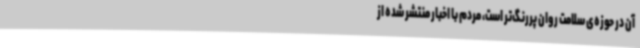
آن در حوزه‌ی سلامت روان پررنگ‌تر است، مردم با اخبار منتشر شده از